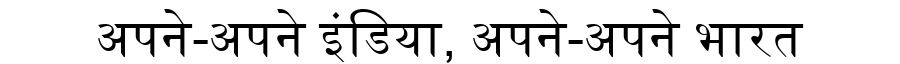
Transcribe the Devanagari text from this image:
अपने-अपने इंडिया, अपने-अपने भारत